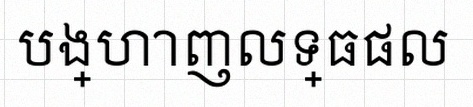
បង្ហាញលទ្ធផល